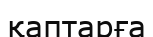
қаптарға